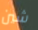
شين